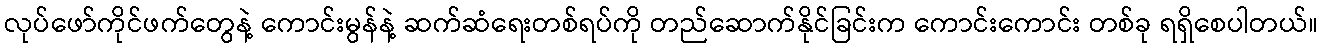
လုပ်ဖော်ကိုင်ဖက်တွေနဲ့ ကောင်းမွန်နဲ့ ဆက်ဆံရေးတစ်ရပ်ကို တည်ဆောက်နိုင်ခြင်းက ကောင်းကောင်း တစ်ခု ရရှိစေပါတယ်။